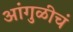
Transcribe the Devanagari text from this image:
आंगुळीचं